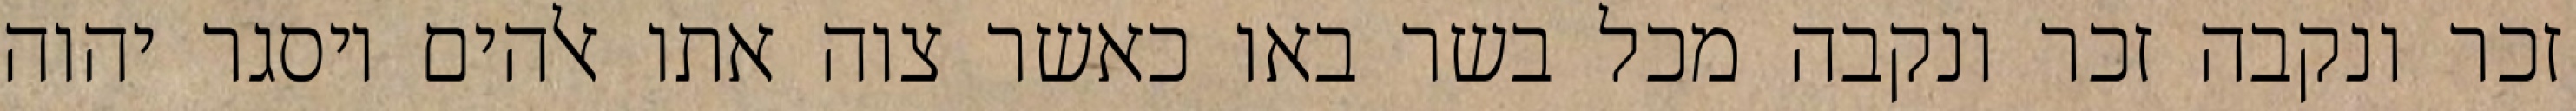
זכר ונקבה זכר ונקבה מכל בשר באו כאשר צוה אתו אלהים ויסגר יהוה